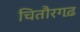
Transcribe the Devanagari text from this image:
चितौरगढ़